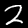
Label: 2